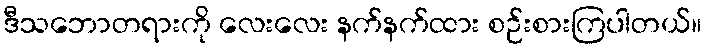
ဒီသဘောတရားကို လေးလေး နက်နက်ထား စဉ်းစားကြပါတယ်။